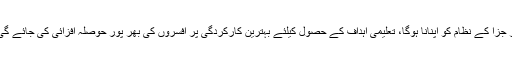
اگر ہم نے آگے بڑھنا ہے اور اپنی منزل حاصل کرنا ہے تو سزا اور جزا کے نظام کو اپنانا ہوگا، تعلیمی اہداف کے حصول کیلئے بہترین کارکردگی پر افسروں کی بھر پور حوصلہ افزائی کی جائے گی جبکہ غیر تسلی بخش کارکردگی دکھانے والوں کی بازپرس ہوگی۔